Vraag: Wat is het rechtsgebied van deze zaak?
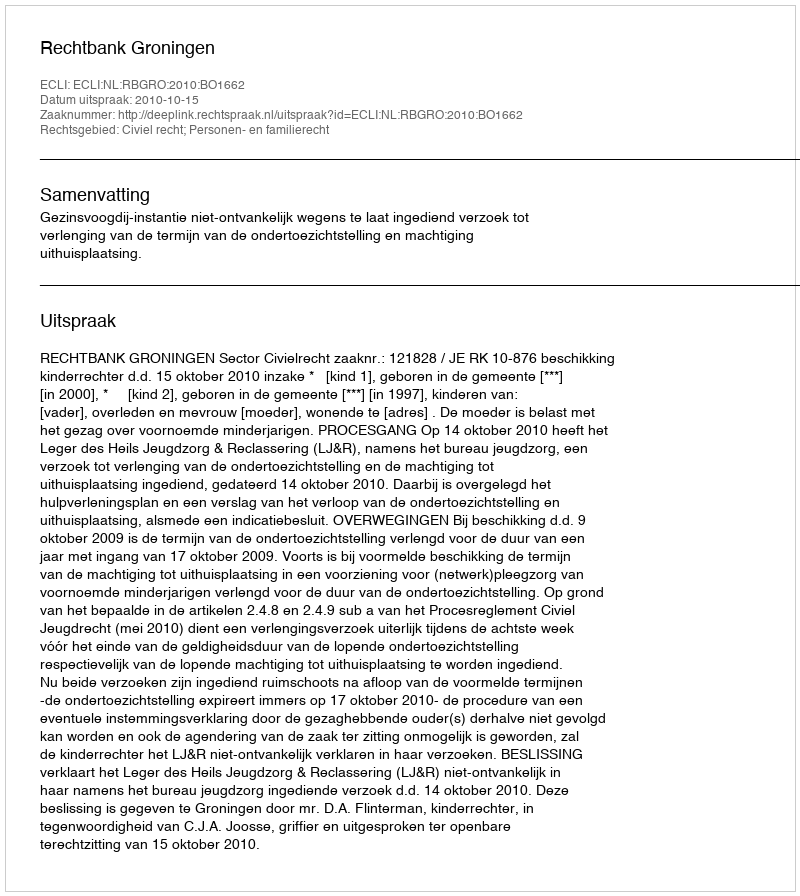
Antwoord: Civiel recht; Personen- en familierecht